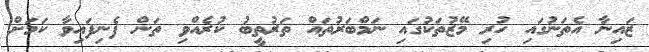
ޒައިނާ އެތަނުގައި ހުރި މޭޒުތަކުގައި ނަމްބަރުތައް ތަރުތީބު ކުރެއްވި ތަން ފެނިފައިވާ ކަމަށް